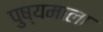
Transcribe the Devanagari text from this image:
पुष्यमाला